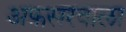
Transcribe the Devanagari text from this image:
अफ़सरवाला